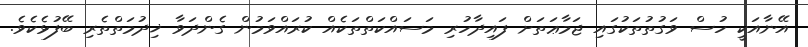
އޭނާއަކީ ހުސް ވަގުތުތަކުގައި ޖަމާޢަތަށް ފައިދާހުރި މަސައްކަތްތަކެއް ކުރައްވަމުން ގެންދަވާ ޚިދުމަތްތެރި ބޭފުޅެކެވެ.